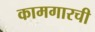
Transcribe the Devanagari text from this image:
कामगारची